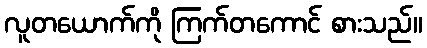
လူတယောက်ကို ကြက်တကောင် စားသည်။